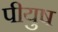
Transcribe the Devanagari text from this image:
पीयुष